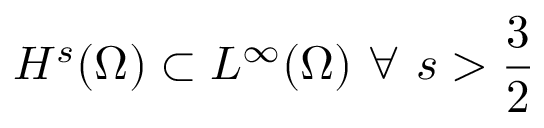
H ^ { s } ( \Omega ) \subset L ^ { \infty } ( \Omega ) \ \forall \ s > \frac { 3 } { 2 }